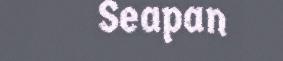
Seapan